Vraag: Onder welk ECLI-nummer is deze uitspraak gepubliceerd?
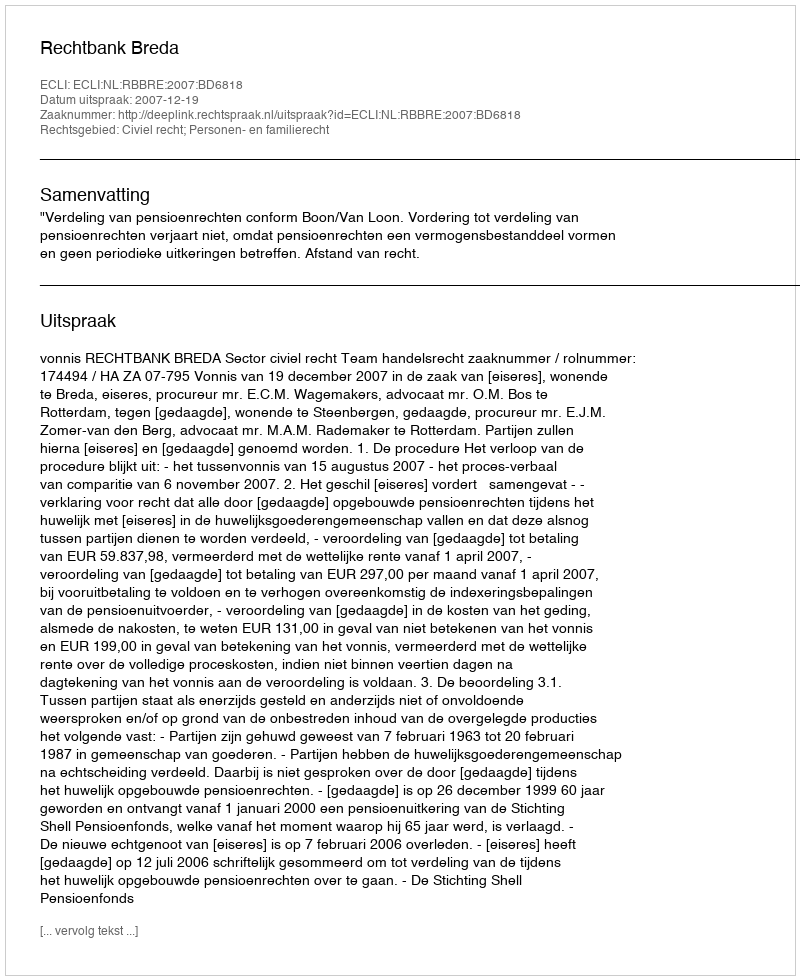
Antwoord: ECLI:NL:RBBRE:2007:BD6818